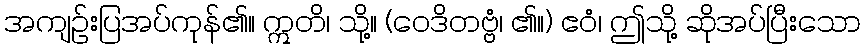
အကျဉ်းပြအပ်ကုန်၏။ ဣတိ၊ သို့။ (ဝေဒိတဗ္ဗံ၊ ၏။) ဧဝံ၊ ဤသို့ ဆိုအပ်ပြီးသော